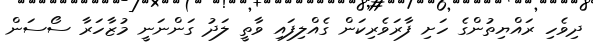
ދިވެހި ރައްޔިތުންގެ ހަށި ފާރަވެެރިކަން ގެއްލިފައި ވާތީ ލަދު ގަންނަނީ މުޒާހަރާ ސޯސަން